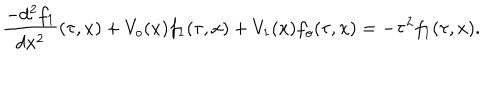
\frac { - d ^ { 2 } f _ { 1 } } { d x ^ { 2 } } ( \tau , x ) + V _ { o } ( x ) f _ { 1 } ( \tau , x ) + V _ { 1 } ( x ) f _ { o } ( \tau , x ) = - \tau ^ { 2 } f _ { 1 } ( \tau , x ) .